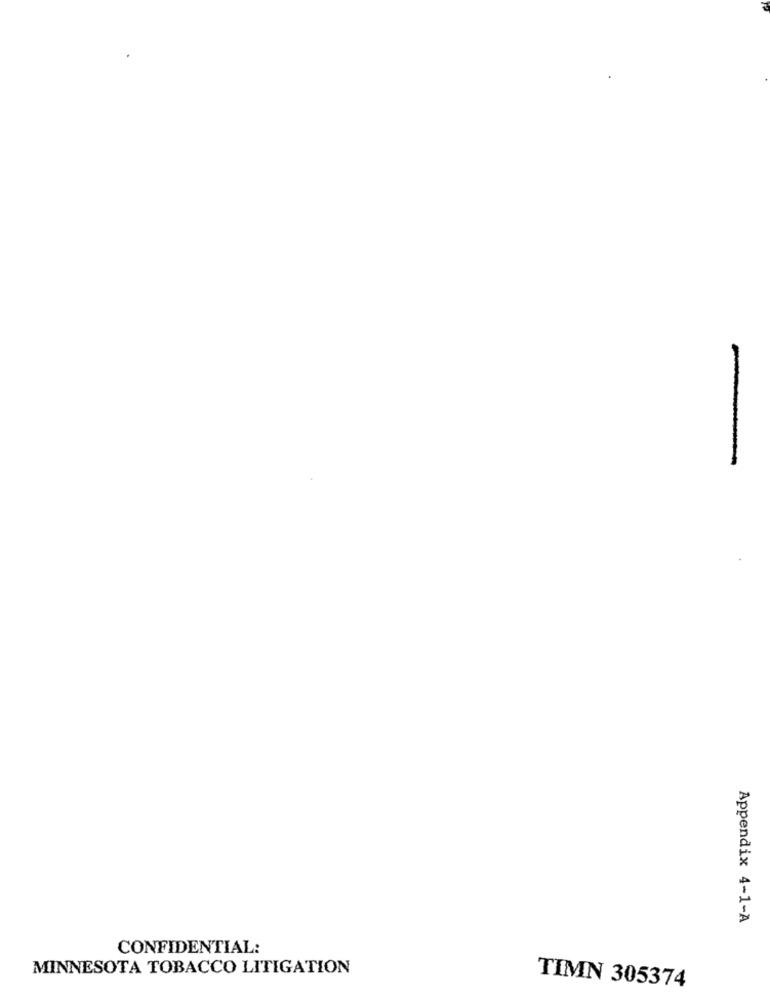
-
Appendix 4-1-A
CONFIDENTIAL:
MINNESOTA TOBACCO LITIGATION
TIMN 305374